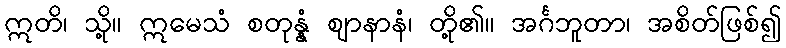
ဣတိ၊ သို့။ ဣမေသံ စတုန္နံ ဈာနာနံ၊ တို့၏။ အင်္ဂဘူတာ၊ အစိတ်ဖြစ်၍